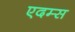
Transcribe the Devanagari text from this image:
एदम्स